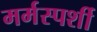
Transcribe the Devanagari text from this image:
मर्मस्‍पर्शी